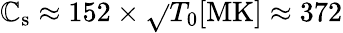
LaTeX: \mathbb{C}_{\mathrm{{s}}}\approx152\times\sqrt{}{{T_{0}[\mathrm{{MK}}]}}\approx372